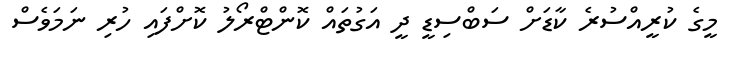
މީގެ ކުރީއްސުރެ ކާޑަށް ސަބްސިޑީ ދީ އަގުތައް ކޮންޓްރޯލު ކޮށްފައި ހުރި ނަމަވެސް